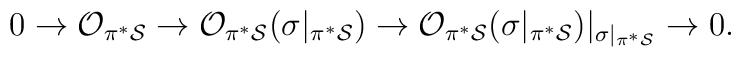
0 \rightarrow {\cal O}_{\pi^* {\cal S}} \rightarrow{\cal O}_{\pi^* {\cal S}}(\sigma|_{\pi^* {\cal S}})\rightarrow{\cal O}_{\pi^* {\cal S}}(\sigma|_{\pi^* {\cal S}})|_{\sigma|_{\pi^* {\cal S}}}\rightarrow 0.